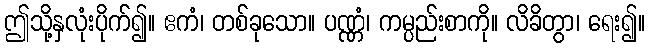
ဤသို့နှလုံးပိုက်၍။ ဧကံ၊ တစ်ခုသော။ ပဏ္ဏံ၊ ကမ္ပည်းစာကို။ လိခိတွာ၊ ရေး၍။